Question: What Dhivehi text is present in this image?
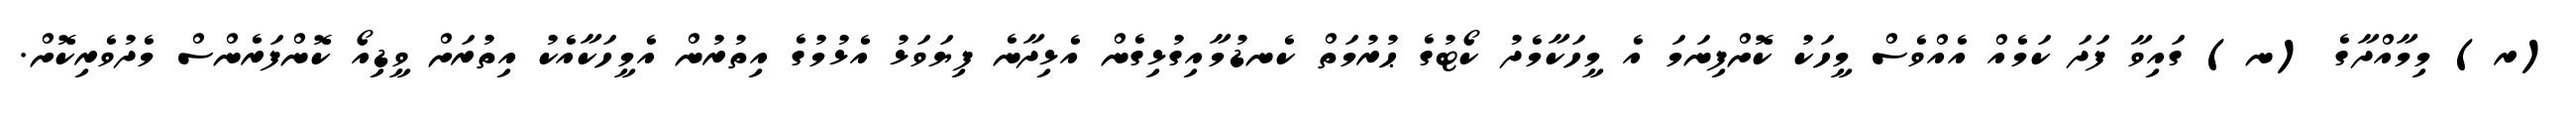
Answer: (ރ) މިމާއްދާގެ (ނ) ގައިވާ ފަދަ ކަމެއް އެއްވެސް މީހަކު ކޮށްފިނަމަ އެ މީހަކާމެދު ކޯޓުގެ ޙުރުމަތް ކެނޑުމާއިގުޅިގެން އެޅިދާނެ ފިޔަވަޅު އެޅުމުގެ އިތުރުން އެމީހަކާއެކު އިތުރަށް ވީޑިއޯ ކޮންފަރެންސް މެދުވެރިކޮށް.